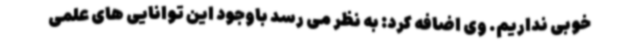
خوبی نداریم. وی اضافه کرد: به نظر می رسد باوجود این توانایی های علمی